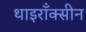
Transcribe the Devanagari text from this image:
थाइराँक्सीन